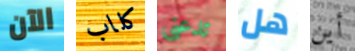
الآن كلاب تدعنى هل أين